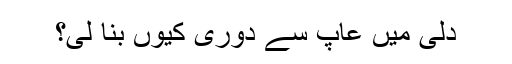
دلی میں عآپ سے دوری کیوں بنا لی؟